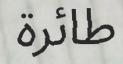
طائرة